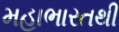
મહાભારતથી